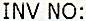
INV NO: